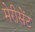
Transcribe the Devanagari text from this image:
मेरीसेंट